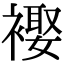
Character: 𧜱